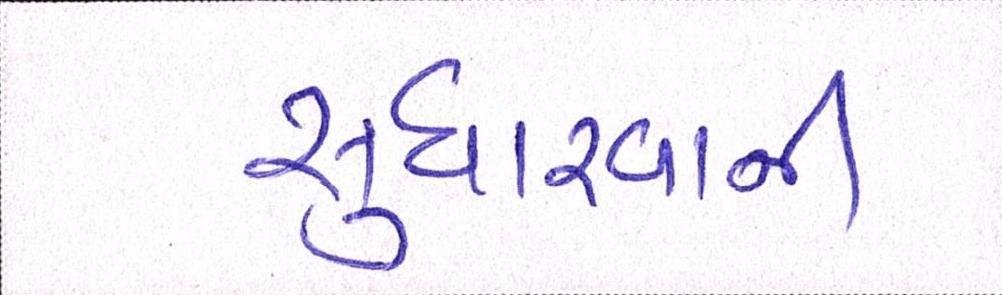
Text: સુધરવાની